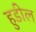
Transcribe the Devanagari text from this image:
हुडील